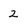
Character: 2